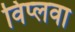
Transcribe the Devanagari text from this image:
विप्लवा